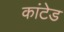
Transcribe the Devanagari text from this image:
कांटेड